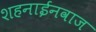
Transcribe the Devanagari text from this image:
शहनाईनवाज